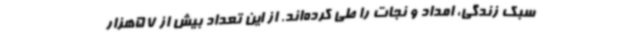
سبک زندگی، امداد و نجات را طی کرده‌اند. از این تعداد بیش از 57هزار